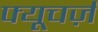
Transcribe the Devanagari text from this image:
फ्यूचर्ज़